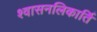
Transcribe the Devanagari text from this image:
श्वासनलिकार्ति